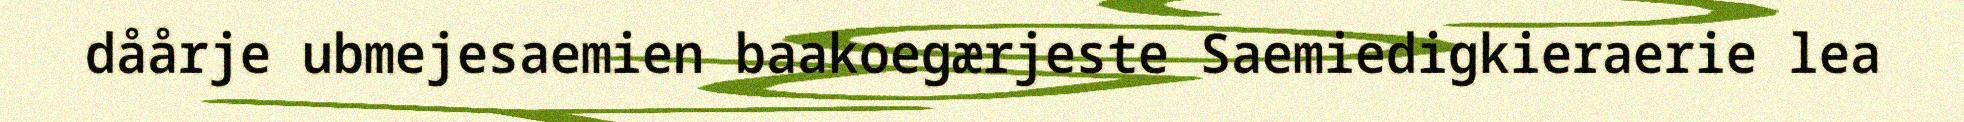
dåårje ubmejesaemien baakoegærjeste Saemiedigkieraerie lea